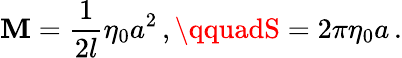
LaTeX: \mathbf{M}=\frac{{1}}{{2l}}\eta_{0}a^{2}\, ,\qquadS=2\pi\eta_{0}a\, .